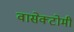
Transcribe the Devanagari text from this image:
वासेक्टोमी